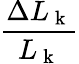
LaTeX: \frac{\Delta L_{\mathrm{~k~}}}{L_{\mathrm{~k~}}}